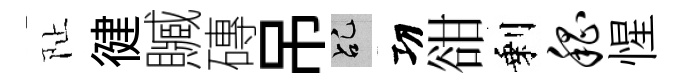
阯徤贓磚吊乩㓛𧮳剩嵇惺